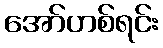
အော်ဟစ်ရင်း